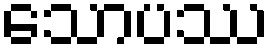
သောပဿ